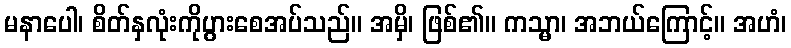
မနာပေါ၊ စိတ်နှလုံးကိုပွားစေအပ်သည်။ အမှိ၊ ဖြစ်၏။ ကသ္မာ၊ အဘယ်ကြောင့်။ အဟံ၊